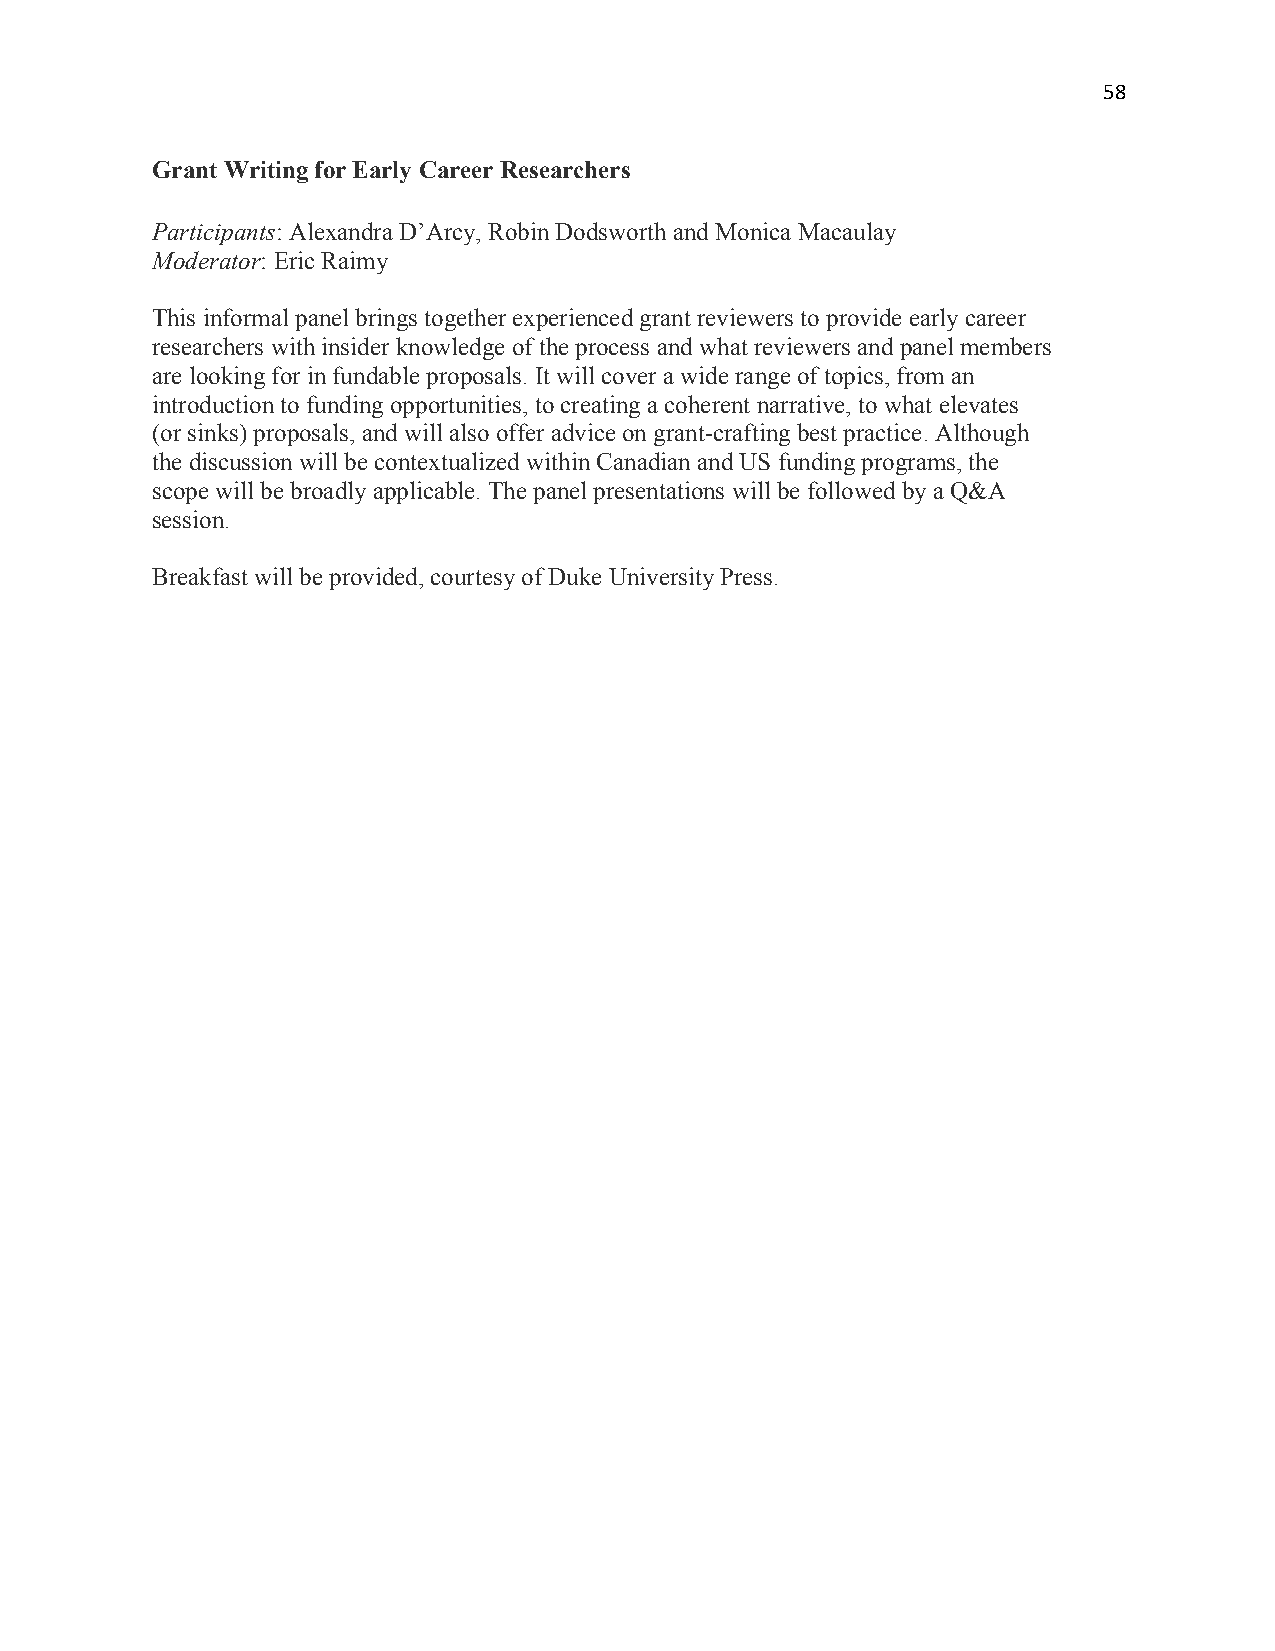
58
 Grant Writing for Early Career Researchers
 Participants: Alexandra D’Arcy, Robin Dodsworth and Monica Macaulay
 Moderator: Eric Raimy
 This informal panel brings together experienced grant reviewers to provide early career
 researchers with insider knowledge of the process and what reviewers and panel members
 are looking for in fundable proposals. It will cover a wide range of topics, from an
 introduction to funding opportunities, to creating a coherent narrative, to what elevates
 (or sinks) proposals, and will also offer advice on grant-crafting best practice. Although
 the discussion will be contextualized within Canadian and US funding programs, the
 scope will be broadly applicable. The panel presentations will be followed by a Q&A
 session.
 Breakfast will be provided, courtesy of Duke University Press.